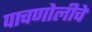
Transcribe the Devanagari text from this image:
पाचणोलीचे